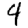
Digit: 4